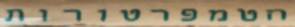
הטמפרטורות